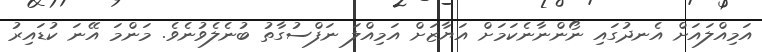
އަމިއްލައަށް އެނދުގައި ނޯންނާނެކަމަށް އަޔާޒަށް އަމިއްލަ ނަފްސުގާތު ބުނެލެވުނެވެ. މަންމަ އޭނަ ކުޑައިރު